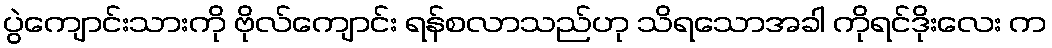
ပွဲကျောင်းသားကို ဗိုလ်ကျောင်း ရန်စလာသည်ဟု သိရသောအခါ ကိုရင်ဒိုးလေး က